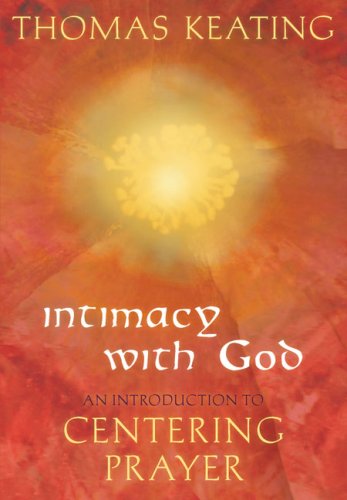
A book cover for Intimacy with God: An Introduction to Centering Prayer; Thomas Keating; Christian Books & Bibles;